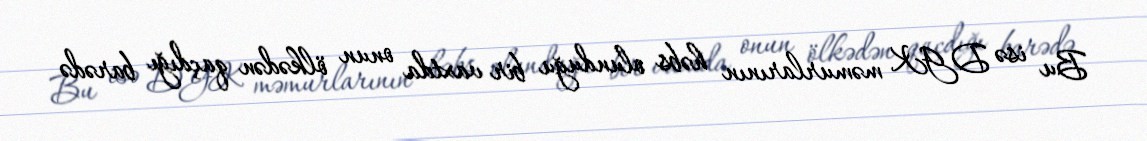
Bu isə DGK məmurlarının həbs olunduğu bir vaxtda onun ölkədən qaçdığı barədə